Plague in India, 1896, 1897 - Volume 1
Year: 1896
Disease focus: Plague
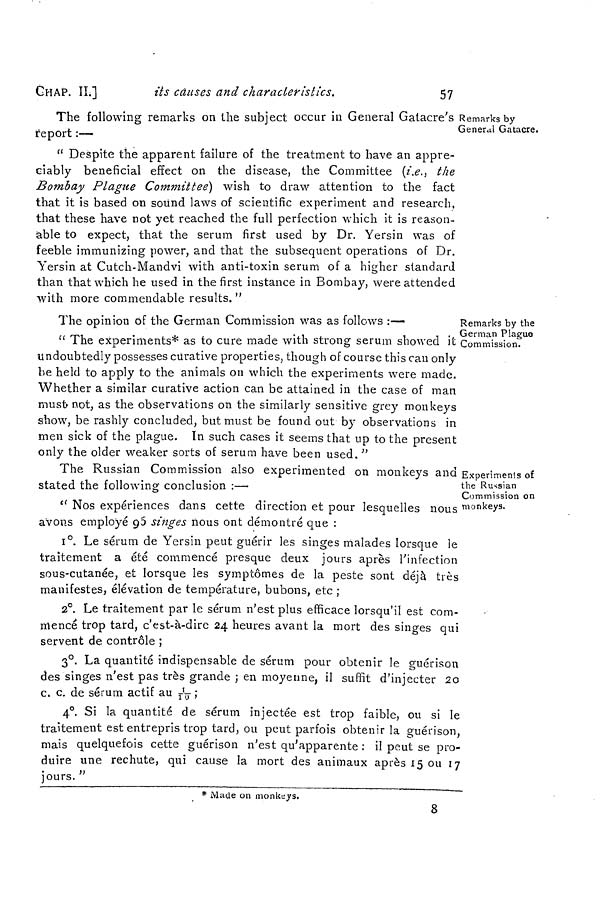
CHAP. IL]
Us causes and characteristics.
57
Remarks by
General Gatacre.
The following remarks on the subject occur in General Gatacre's
report :—
" Despite the apparent failure of the treatment to have an appre-
ciably beneficial effect on the disease, the Committee (i.e., the
Bombay Plague Committee] wish to draw attention to the fact
that it is based on sound laws of scientific experiment and research,
that these have not yet reached the full perfection which it is reason-
able to expect, that the serum first used by Dr. Yersin was of
feeble immunizing power, and that the subsequent operations of Dr.
Yersin at Cutch-Mandvi with anti-toxin serum of a higher standard
than that which he used in the first instance in Bombay, were attended
with more commendable results. "
Remarks by the
German Plague
Commission.
The opinion of the German Commission was as follows :—
" The experiments* as to cure made with strong serum showed it
undoubtedly possesses curative properties, though of course this can only
be held to apply to the animals on which the experiments were made.
Whether a similar curative action can be attained in the case of man
must not, as the observations on the similarly sensitive grey monkeys
show, be rashly concluded, but must be found out by observations in
men sick of the plague. In such cases it seems that up to the present
only the older weaker sorts of serum have been used. "
Experiments of
the Russian
Commission on
monkeys.
The Russian Commission also experimented on monkeys and
stated the following conclusion :—
" Nos expériences dans cette direction et pour lesquelles nous
avons employé 96 singes nous ont démontré que :
1°. Le sérum de Yersin peut guérir les singes malades lorsque le
traitement a été commencé presque deux jours après l'infection
sous-cutanée, et lorsque les symptômes de la peste sont déjà très
manifestes, élévation de température, bubons, etc ;
2°. Le traitement par le sérum n'est plus efficace lorsqu'il est com-
mencé trop tard, c'est-à-dire 24 heures avant la mort des singes qui
servent de contrôle ;
3°. La quantité indispensable de sérum pour obtenir le guérison
des singes n'est pas très grande ; en moyenne, il suffit d'injecter 20
c. c. de sérum actif au
\1/10\;
4°. Si la quantité de sérum injectée est trop faible, ou si le
traitement est entrepris trop tard, ou peut parfois obtenir la guérison,
mais quelquefois cette guérison n'est qu'apparente : il peut se pro-
duire une rechute, qui cause la mort des animaux après 15 ou 17
jours. "
* Made on monkeys.
8